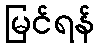
မြင်ရန်